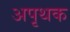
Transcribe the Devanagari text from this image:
अपृथक